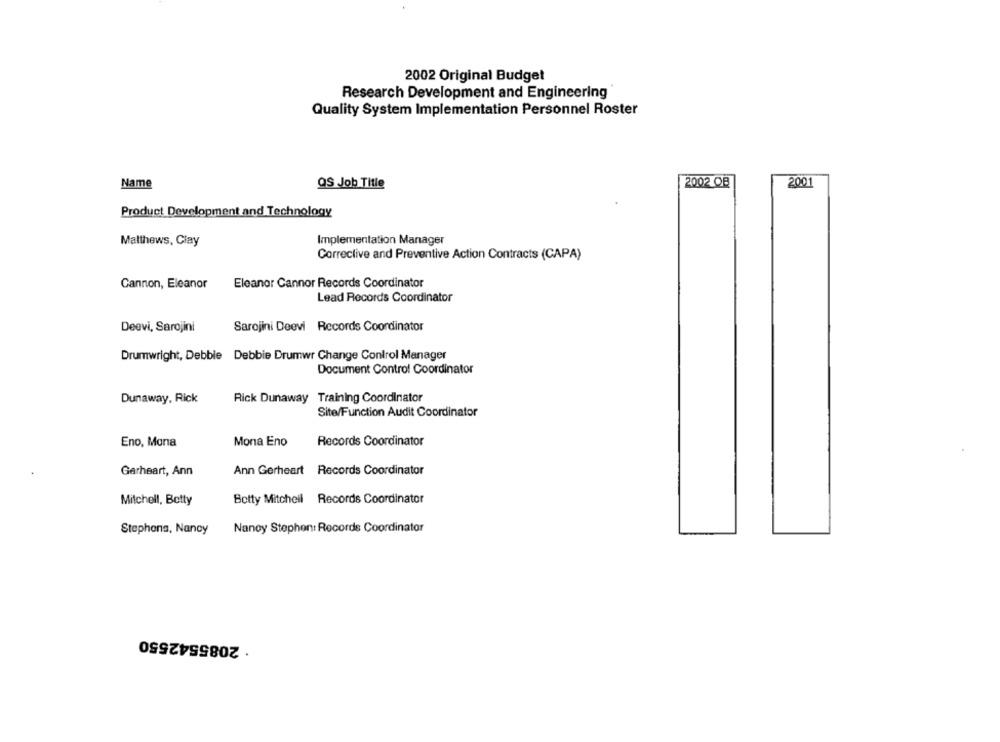
2002 Original Budget
Research Development and Engineering
Quality System Implementation Personnel Roster
Name
QS Job Title
2002 OB
2001
Product Development and Technology
Matthews, Clay
Implementation Manager
Corrective and Preventive Action Contracts (CAPA)
Cannon, Eleanor
Eleanor Cannor Records Coordinator
Lead Records Coordinator
Sarojini Deevi Records Coordinator
Deevi, Sarojini
Drumwright, Debbie Debbie Drumwr Change Control Manager
Document Control Coordinator
Dunaway, Rick
Rick Dunaway Training Coordinator
Site/Function Audit Coordinator
Eno, Mona
Mona Eno
Records Coordinator
Garheart, Ann
Ann Gerheart Records Coordinator
Mitchell, Betty
Betty Mitchell Records Coordinator
Stephens, Nancy
Nanoy Stephen: Records Coordinator
· 2085542550